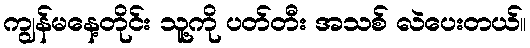
ကျွန်မနေ့တိုင်း သူ့ကို ပတ်တီး အသစ် လဲပေးတယ်။